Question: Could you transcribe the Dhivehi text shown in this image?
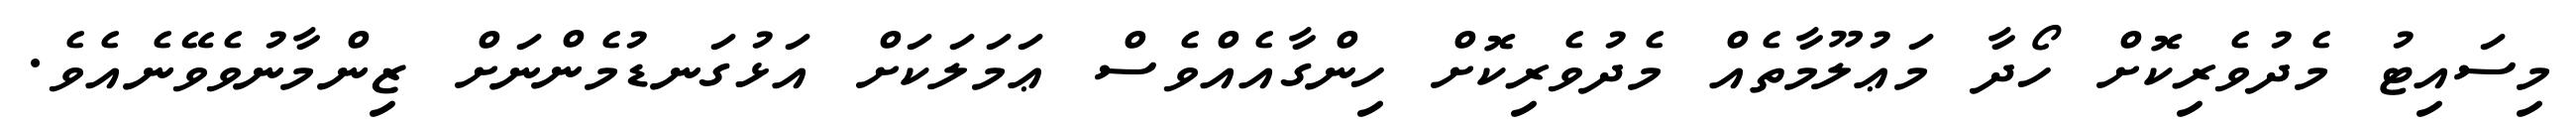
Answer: މިސައިޓު މެދުވެރިކޮށް ހޯދާ މަޢުލޫމާތެއް މެދުވެރިކޮށް ހިންގާއެއްވެސް ޢަމަލަކަށް އަޅުގަނޑުމެންނަށް ޒިންމާނުވެވޭނެއެވެ.